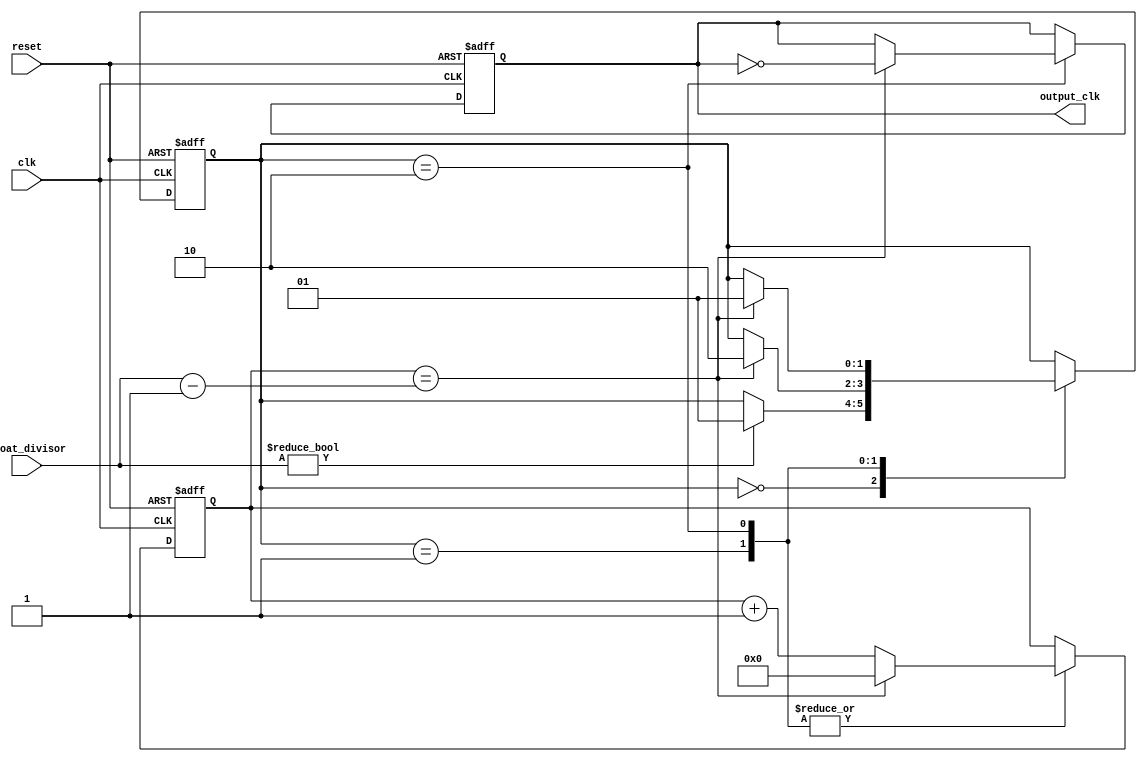
module floating_point_clock_divider (
    input wire clk,
    input wire reset,
    input wire [31:0] float_divisor,
    output reg output_clk
);

reg [31:0] count;
reg [1:0] state;
reg sync_reset;

parameter IDLE = 2'd0,
          WAIT = 2'd1,
          DIVIDE = 2'd2;

always @ (posedge clk or posedge reset) begin
    if (reset) begin
        count <= 0;
        state <= IDLE;
        output_clk <= 1'b0;
        sync_reset <= 1'b1;
    end else begin
        sync_reset <= 1'b0;
        case (state)
            IDLE: begin
                if (float_divisor != 0) begin
                    state <= WAIT;
                end
            end
            WAIT: begin
                if (count == float_divisor - 1) begin
                    count <= 0;
                    state <= DIVIDE;
                end else begin
                    count <= count + 1;
                end
            end
            DIVIDE: begin
                if (count == float_divisor - 1) begin
                    count <= 0;
                    state <= WAIT;
                    output_clk <= ~output_clk;
                end else begin
                    count <= count + 1;
                end
            end
        endcase
    end
end

endmodule